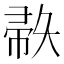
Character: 𫹅